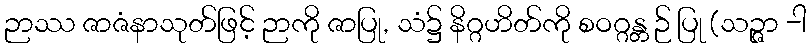
ဉာဿ ဇာဇံနာသုတ်ဖြင့် ဉာကို ဇာပြု, သံ၌ နိဂ္ဂဟိတ်ကို စဝဂ္ဂန္တ ဉ် ပြု (သဉ္ဇာ -ါ